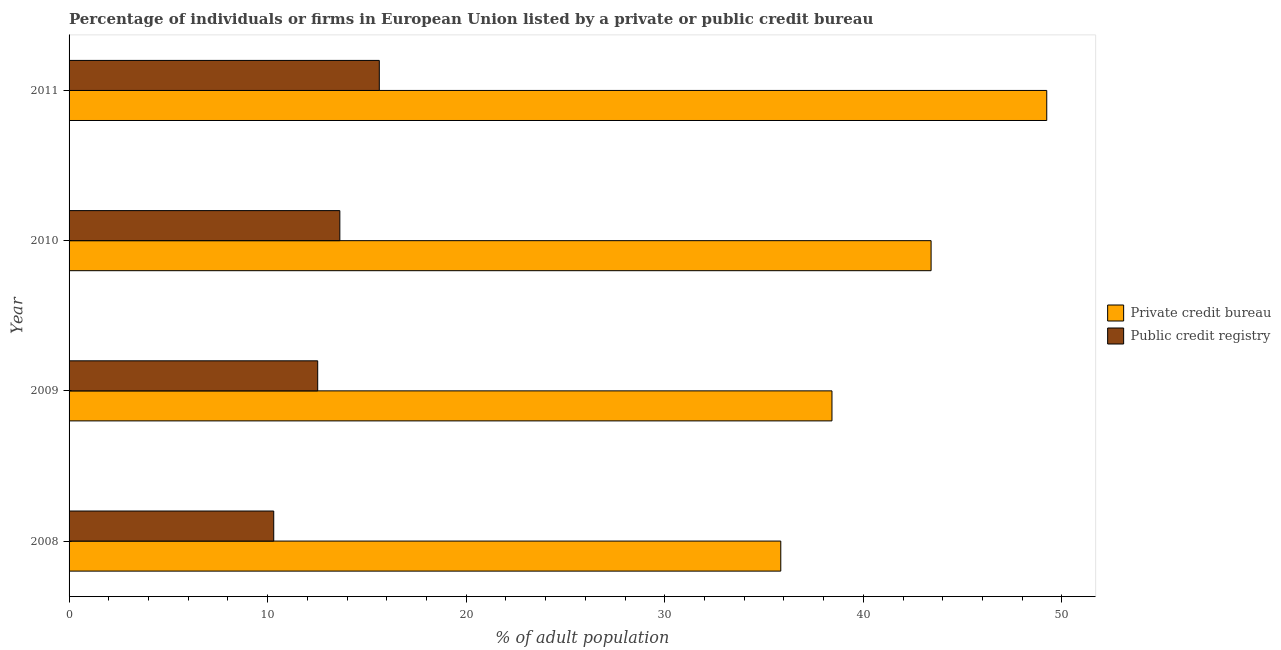
| Year | Private credit bureau | Public credit registry |
 | --- | --- | --- |
 | 2008 | 35.8 | 10.3 |
 | 2009 | 38.4 | 12.5 |
 | 2010 | 43.4 | 13.6 |
 | 2011 | 49.2 | 15.6 |